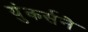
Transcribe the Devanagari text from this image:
युंकर्सने